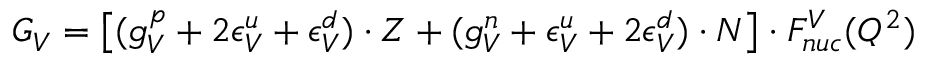
G _ { V } = \left[ ( g _ { V } ^ { p } + 2 \epsilon _ { V } ^ { u } + \epsilon _ { V } ^ { d } ) \cdot Z + ( g _ { V } ^ { n } + \epsilon _ { V } ^ { u } + 2 \epsilon _ { V } ^ { d } ) \cdot N \right] \cdot F _ { n u c } ^ { V } ( Q ^ { 2 } )